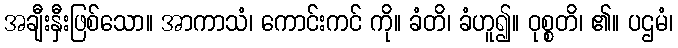
အချီးနှီးဖြစ်သော။ အာကာသံ၊ ကောင်းကင် ကို။ ခံတိ၊ ခံဟူ၍။ ဝုစ္စတိ၊ ၏။ ပဌမံ၊